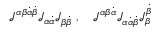
\begin{array} { r } { { \mathcal J } ^ { \alpha \beta { \dot { \alpha } } { \dot { \beta } } } { \mathcal J } _ { \alpha { \dot { \alpha } } } { \mathcal J } _ { \beta { \dot { \beta } } } ~ , ~ ~ ~ { \mathcal J } ^ { \alpha \beta { \dot { \alpha } } } { \mathcal J } _ { \alpha { \dot { \alpha } } { \dot { \beta } } } { \mathcal J } _ { \beta } ^ { { \dot { \beta } } } } \end{array}